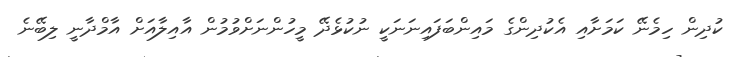
ކުދިން ހިމެނޭ ކަމަށާއި އެކުދިންގެ މައިންބަފައިނަނަކީ ނުކުޅެދޭ މީހުންނަށްވުމުން އާއިލާއަށް އާމްދާނީ ލިބޭނެ